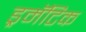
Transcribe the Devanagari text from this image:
ड्रमॅटिक